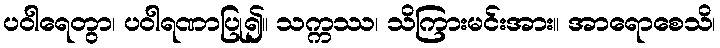
ပဝါရေတွာ၊ ပဝါရဏာပြု၍။ သက္ကဿ၊ သိကြားမင်းအား။ အာရောစေသိ၊